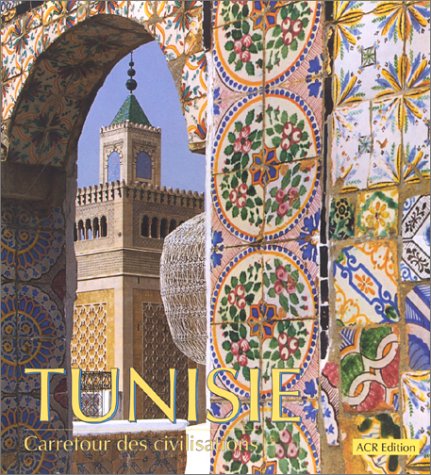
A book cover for Tunisie. Carrefour des civilisations (Italian Edition); Jacques Fontaine; Travel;